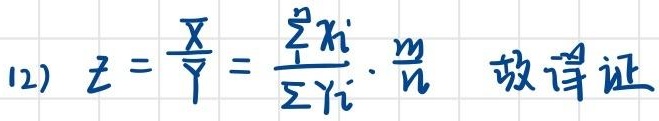
(2) \(Z = \frac{\overline{X}}{\overline{Y}}=\frac{\frac{\sum_{i = 1}^{n}X_{i}}{n}}{\frac{\sum_{i = 1}^{m}Y_{i}}{m}}\cdot\frac{m}{n}\) 故得证